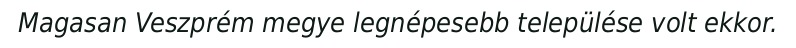
Magasan Veszprém megye legnépesebb települése volt ekkor.